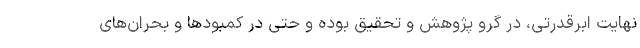
نهایت ابرقدرتی، در گرو پژوهش و تحقیق بوده و حتی در کمبودها و بحران‌های